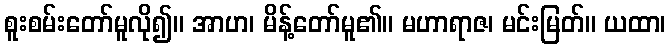
စူးစမ်းတော်မူလို၍။ အာဟ၊ မိန့်တော်မူ၏။ မဟာရာဇ၊ မင်းမြတ်။ ယထာ၊